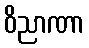
ဝိညာဏာ